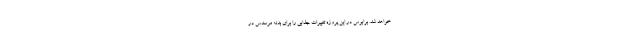
خواهد شد. برابوس در این پروژه تغییرات جذابی را برای بدنه مرسدس در